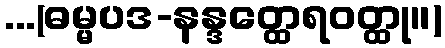
...(ဓမ္မပဒ-နန္ဒတ္ထေရဝတ္ထု။)